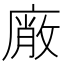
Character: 𭙱